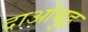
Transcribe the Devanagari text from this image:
दाओबुइ